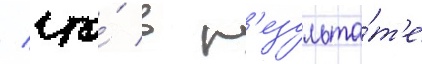
/ что́ в р'езульта́т'е